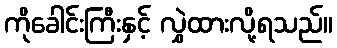
ကိုခေါင်းကြီးနှင့် လွှဲထားလို့ရသည်။